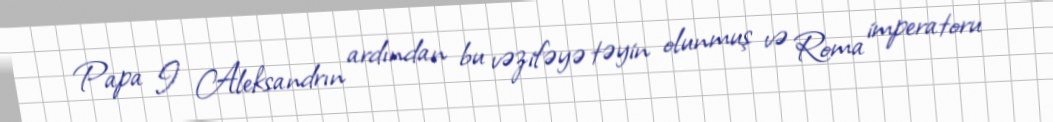
Papa I Aleksandrın ardından bu vəzifəyə təyin olunmuş və Roma imperatoru